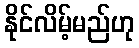
နိုင်လိမ့်မည်ဟု